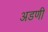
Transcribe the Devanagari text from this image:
अडणी